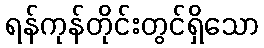
ရန်ကုန်တိုင်းတွင်ရှိသော